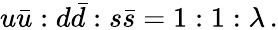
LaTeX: u\bar{u}:d\bar{d}:s\bar{s}=1:1:\lambda\, .